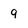
Character: 9